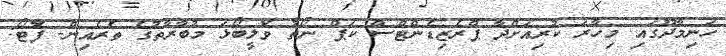
ހަނިމާދޫގައި މިހާރަ ކުރިއަށްދާ ޕްރެޒިޑެންޓްސް ކަޕް ނޯތު ވޮލީބޯޅަ މުބާރާތުގެ ތެރެއިން- ފޮޓޯ: